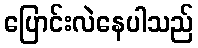
ပြောင်းလဲနေပါသည်